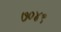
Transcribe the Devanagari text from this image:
७०४९